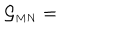
LaTeX: { \cal G } _ { \scriptscriptstyle M N } =